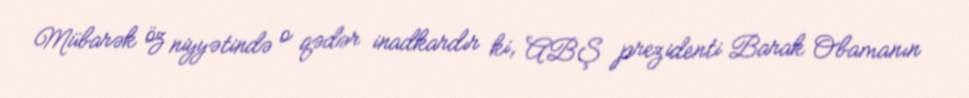
Mübarək öz niyyətində o qədər inadkardır ki, ABŞ prezidenti Barak Obamanın